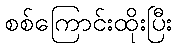
စစ်ကြောင်းထိုးပြီး